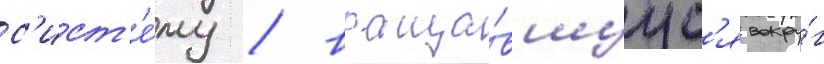
с'ист'е́му / враща́вшуус'я вокру́г